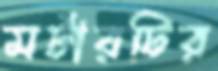
মর্টারটির